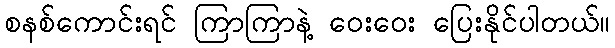
စနစ်ကောင်းရင် ကြာကြာနဲ့ ဝေးဝေး ပြေးနိုင်ပါတယ်။